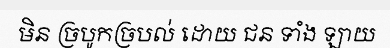
មិន ច្របូកច្របល់ ដោយ ជន ទាំង ឡាយ